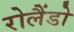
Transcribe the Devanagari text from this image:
रोलैंडो